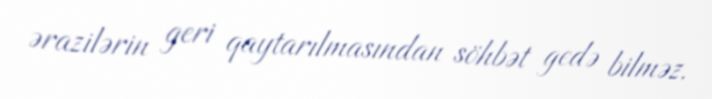
ərazilərin geri qaytarılmasından söhbət gedə bilməz.